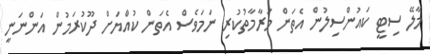
މާލޭ ސިޓީ ކައުންސިލުން އެތަން މަރާމާތުކުރި ނަމަވެސް އެތަން ކުއްޔަށް ދޫކުރަމުން އަންނަނީ